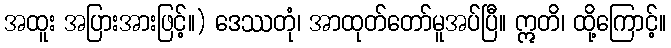
အထူး အပြားအားဖြင့်။) ဒေဿတုံ၊ အာထုတ်တော်မူအပ်ပြီ။ ဣတိ၊ ထို့ကြောင့်။